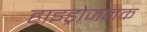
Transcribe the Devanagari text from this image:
हाइड्रोजनक